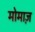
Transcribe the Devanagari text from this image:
मोमाज़